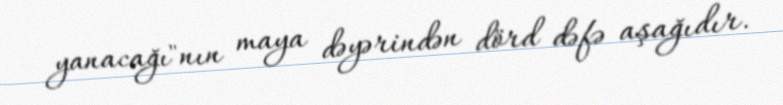
yanacağı"nın maya dəyərindən dörd dəfə aşağıdır.